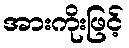
အားကိုးဖြင့်